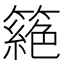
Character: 𥳵